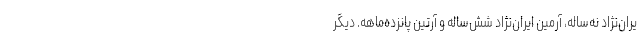
یران‌نژاد نه‌ساله، آرمین ایران‌نژاد شش‌ساله و آرتین پانزده‌ماهه. دیگر